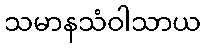
သမာနသံဝါသာယ